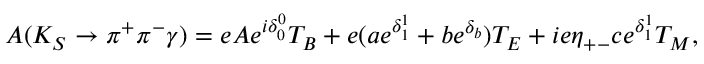
A ( K _ { S } \rightarrow \pi ^ { + } \pi ^ { - } \gamma ) = e A e ^ { i \delta _ { 0 } ^ { 0 } } T _ { B } + e ( a e ^ { \delta _ { 1 } ^ { 1 } } + b e ^ { \delta _ { b } } ) T _ { E } + i e \eta _ { + - } c e ^ { \delta _ { 1 } ^ { 1 } } T _ { M } ,